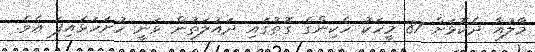
މާލުއާ ދެކޮޅަށް 87 މީހަކު ހެކިންގެ ގޮތުގައި ދައުލަތުން ވަނީ ހުށަހަޅައިފަ އެވެ.